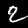
Digit: 2